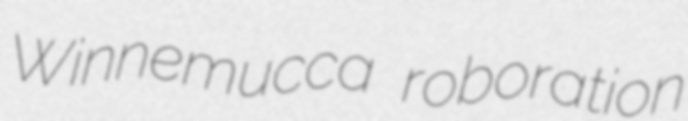
Winnemucca roboration